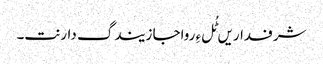
شرفداریں ٹُل ءِ رواجا زیندگ دارنت۔